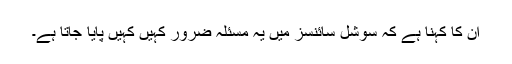
اُن کا کہنا ہے کہ سوشل سائنسز میں یہ مسئلہ ضرور کہیں کہیں پایا جاتا ہے۔